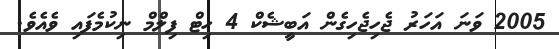
2005 ވަނަ އަހަރު ޖެހިޖެހިގެން އަބީޝެކް 4 ހިޓް ފިލްމް ނިކުމެފައި ވެއެވެ.